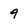
Character: 9